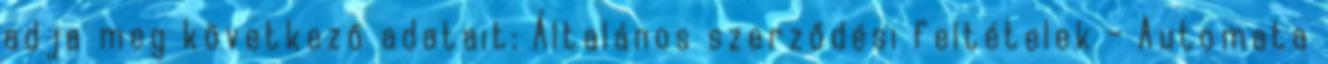
adja meg következő adatait: Általános szerződési feltételek - Automata